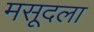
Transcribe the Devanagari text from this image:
मसूदला